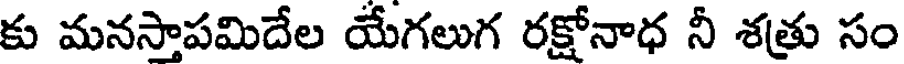
కు మనసాపమిదేల యేగలుగ రక్షోనాధ నీ శత్రు సం